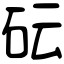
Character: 𥐯